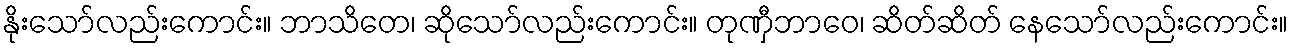
နိုးသော်လည်းကောင်း။ ဘာသိတေ၊ ဆိုသော်လည်းကောင်း။ တုဏှီဘာဝေ၊ ဆိတ်ဆိတ် နေသော်လည်းကောင်း။